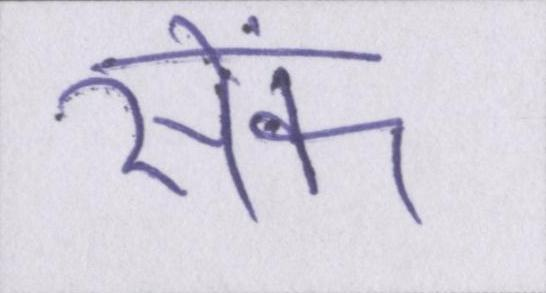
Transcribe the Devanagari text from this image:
सेंक